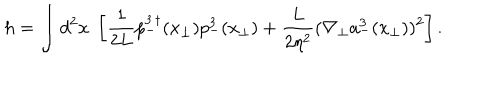
h = \int d ^ { 2 } x \; \left[ \frac { 1 } { 2 L } p _ { - } ^ { 3 \, \dagger } ( { x } _ { \bot } ) p _ { - } ^ { 3 } ( { x } _ { \bot } ) + \frac { L } { 2 \eta ^ { 2 } } ( \nabla _ { \bot } a _ { - } ^ { 3 } ( { x } _ { \bot } ) ) ^ { 2 } \right] .